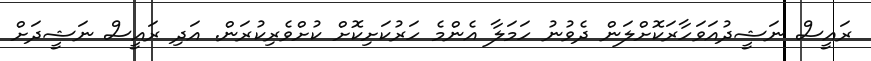
ރައީސް ނަޝީދުއަވަހާރަކޮށްލަން ދެވުނު ހަމަލާ އެންމެ ހަރުކަށިކޮށް ކުށްވެރިކުރަން. އަދި ރައީސް ނަޝީދަށް